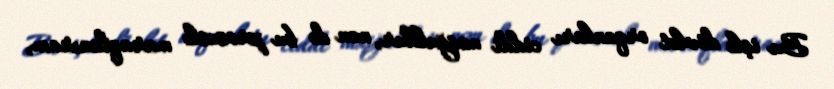
Bu işlə dövlət orqanları ciddi məşğuldur, mən də bu proseslə maraqlanıram,